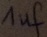
Text: 1uf